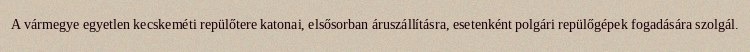
A vármegye egyetlen kecskeméti repülőtere katonai, elsősorban áruszállításra, esetenként polgári repülőgépek fogadására szolgál.